Indian Civil Veterinary Department memoirs
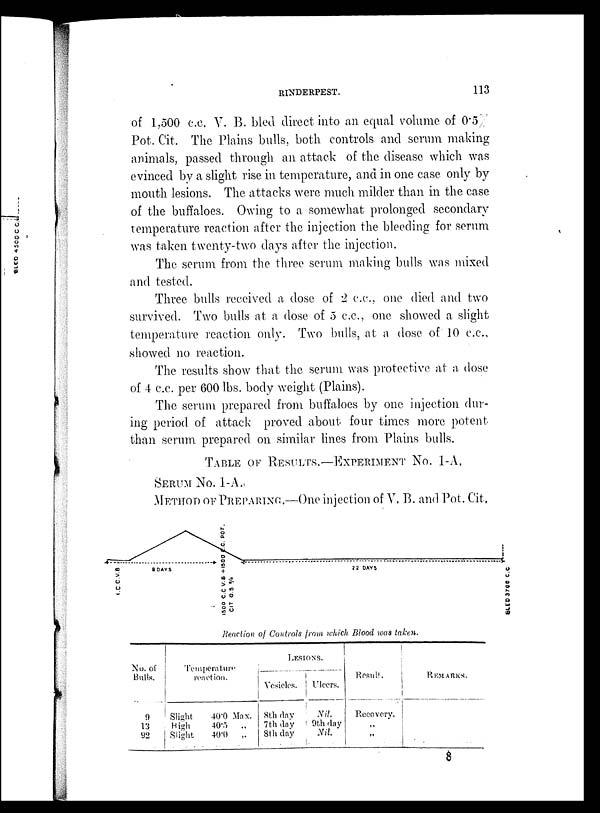
RINDERPEST.
113
of 1,500 c.c. V. B. bled direct into an equal volume of 0.5%
Pot. Cit. The Plains bulls, both controls and serum making
animals, passed through an attack of the disease which was
evinced by a slight rise in temperature, and in one case only by
mouth lesions. The attacks were much milder than in the case
of the buffaloes. Owing to a somewhat prolonged secondary
temperature reaction after the injection the bleeding for serum
was taken twenty-two days after the injection.
The serum from the three serum making bulls was mixed
and tested.
Three bulls received a dose of 2 c.c., one died and two
survived. Two bulls at a dose of 5 c.c., one showed a slight
temperature reaction only. Two bulls, at a dose of 10 c.c.,
showed no reaction.
The results show that the serum was protective at a dose
of 4 c.c. per 600 lbs. body weight (Plains).
The serum prepared from buffaloes by one injection dur-
ing period of attack proved about four times more potent
than serum prepared on similar lines from Plains bulls.
TABLE OF RESULTS.-EXPERIMENT No. 1-A.
SERUM No. 1-A.
METHOD OF PREPARING.—One injection of V. B. and Pot. Cit.
Reaction of Controls from which Blood was taken.
No. of
Bulls.
9
13
92
Temperature
reaction.
Slight
High
Slight
40.0 Max.
40.5
„
40.0
„
LESIONS.
Vesicles.
8th day
7th day
8th day
Ulcers.
Nil.
9th day
Nil
Result.
Recovery.
„
„
REMARKS.
8